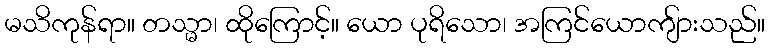
မသိကုန်ရာ။ တသ္မာ၊ ထိုကြောင့်။ ယော ပုရိသော၊ အကြင်ယောကျ်ားသည်။